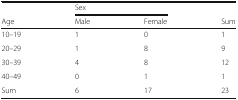
<table><thead><tr><td></td><td colspan="2"><b>Sex</b></td><td></td></tr><tr><td><b>Age</b></td><td><b>Male</b></td><td><b>Female</b></td><td><b>Sum</b></td></tr></thead><tbody><tr><td>10–19</td><td>1</td><td>0</td><td>1</td></tr><tr><td>20–29</td><td>1</td><td>8</td><td>9</td></tr><tr><td>30–39</td><td>4</td><td>8</td><td>12</td></tr><tr><td>40–49</td><td>0</td><td>1</td><td>1</td></tr><tr><td>Sum</td><td>6</td><td>17</td><td>23</td></tr></tbody></table>